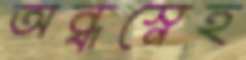
অন্ধস্নেহ